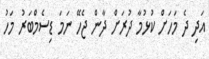
އަދި ދެ މަހަށް ކުޅުމާ ދުރަށް ދާން ޖެހޭ ނަމަ ޑިސެމްބަރު މަހު